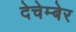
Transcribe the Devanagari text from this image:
देचेम्बेर